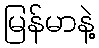
မြန်မာနဲ့